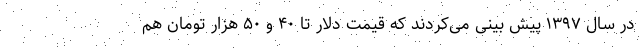
در سال ١٣۹۷ پیش بینی می‌کردند که قیمت دلار تا ۴۰ و ۵۰ هزار تومان هم